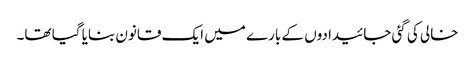
خالی کی گئی جائیدادوں کے بارے میں ایک قانون بنایا گیا تھا۔